Vaccination in Bombay 1924-1928 - 1924-1928
Year: 1924
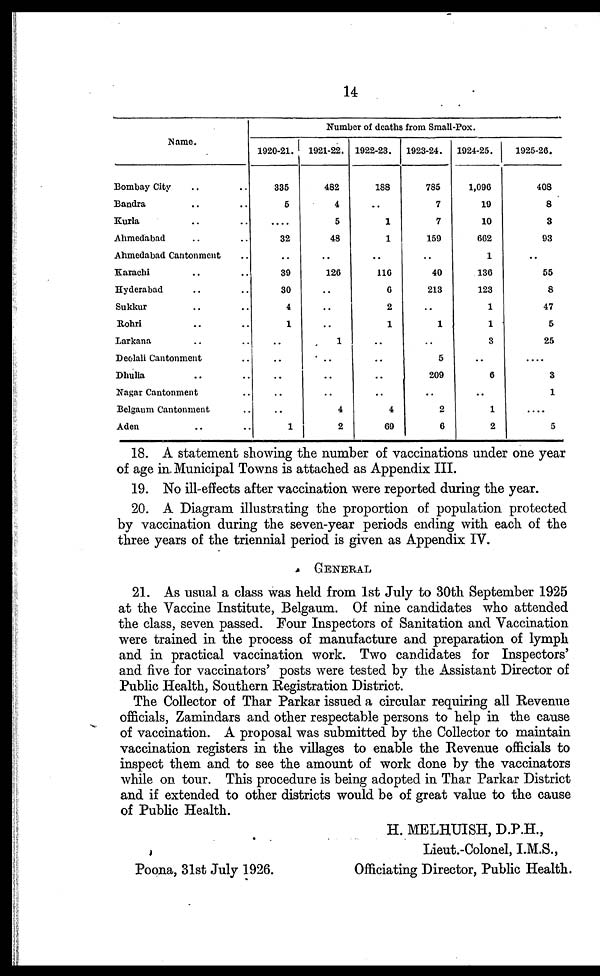
14
Name.
Bombay City .. ..
Bandra .. ..
Kurla .. ..
Ahmedabad .. ..
Ahmedabad Cantonment ..
Karachi .. ..
Hyderabad .. ..
Sukkur .. ..
Rohri .. ..
Larkana .. ..
Deolali Cantonment .. ..
Dhulia .. ..
Nagar Cantonment .. ..
Belgaum Cantonment .. ..
Aden .. ..
Number of deaths from Small-Fox.
1920-21.
335
5
..
32
..
39
30
4
1
..
..
..
..
..
1
1921-22.
482
4
5
48
..
126
..
..
..
1
..
..
..
4
2
1922-23.
188
..
1
1
..
116
6
2
1
..
..
..
..
4
69
1923-24.
785
7
7
159
..
40
213
..
1
..
5
209
..
2
6
1924-25.
1,096
19
10
662
1
136
123
1
1
3
..
6
..
1
2
1925-26.
408
8
3
93
..
55
8
47
5
25
..
3
1
....
5
18. A statement showing the number of vaccinations under one year
of age in. Municipal Towns is attached as Appendix III.
19. No ill-effects after vaccination were reported during the year.
20. A Diagram illustrating the proportion of population protected
by vaccination during the seven-year periods ending with each of the
three years of the triennial period is given as Appendix IV.
GENERAL
21. As usual a class was held from 1st July to 30th September 1925
at the Vaccine Institute, Belgaum. Of nine candidates who attended
the class, seven passed. Four Inspectors of Sanitation and Vaccination
were trained in the process of manufacture and preparation of lymph
and in practical vaccination work. Two candidates for Inspectors'
and five for vaccinators' posts were tested by the Assistant Director of
Public Health, Southern Registration District.
The Collector of Thar Parkar issued a circular requiring all Revenue
officials, Zamindars and other respectable persons to help in the cause
of vaccination. A proposal was submitted by the Collector to maintain
vaccination registers in the villages to enable the Revenue officials to
inspect them and to see the amount of work done by the vaccinators
while on tour. This procedure is being adopted in Thar Parkar District
and if extended to other districts would be of great value to the cause
of Public Health.
H. MELHUISH, D.P.H.,
Lieut.-Colonel, I.M.S.,
Officiating Director, Public Health.
Poona, 31st July 1926.